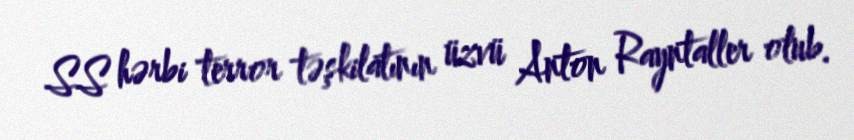
SS hərbi terror təşkilatının üzvü Anton Rayntaller olub.